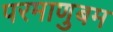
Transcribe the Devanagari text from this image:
परमाणुबम